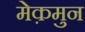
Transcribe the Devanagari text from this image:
मेक़मुन